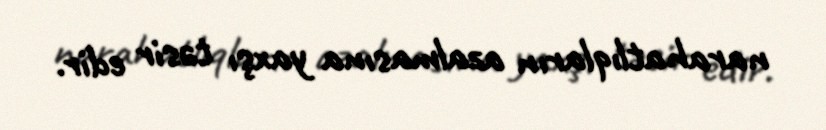
narahatlıqların azalmasına yaxşı təsir edir.